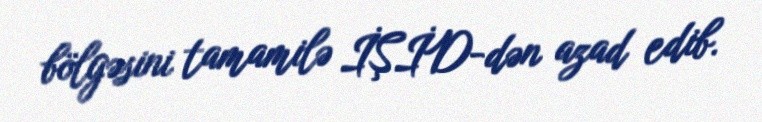
bölgəsini tamamilə İŞİD-dən azad edib.